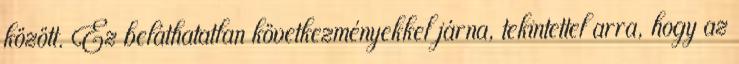
között. Ez beláthatatlan következményekkel járna, tekintettel arra, hogy az